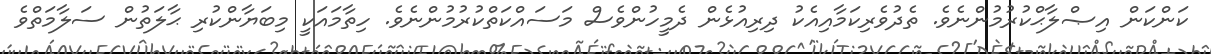
ކަންކަން އިޞްލާޙްކުރުމުންނެވެ. ތެދުވެރިކަމާއިއެކު ދިރިއުޅެން ދެމީހުންވެސް މަސައްކަތްކުރުމުންނެވެ. ހިތާމައަކީ މިބަޔާންކުރި ޙާލަތުން ސަލާމަތްވެ